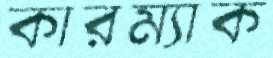
কারম্যাক